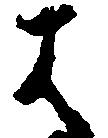
は